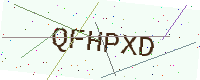
Text: QFHPXD